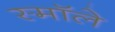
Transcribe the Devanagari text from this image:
स्मॉले